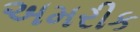
અમરીક